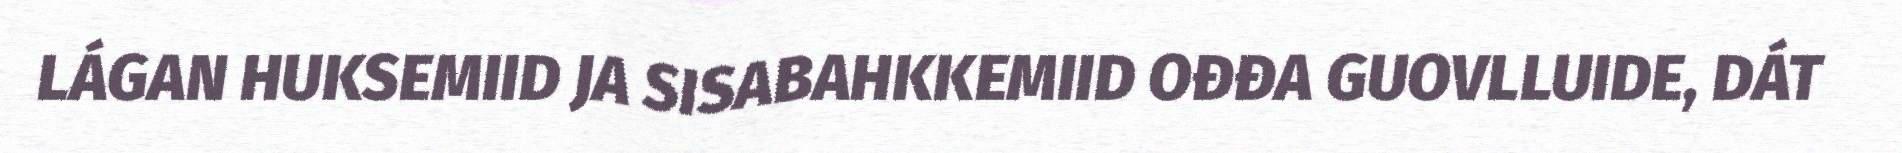
LÁGAN HUKSEMIID JA SISABAHKKEMIID OĐĐA GUOVLLUIDE, DÁT